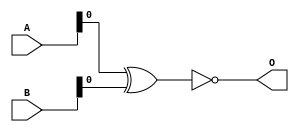
module equals(A, B, O);
  input [63:0]A;
  input [63:0]B;
  output O;

  wire [63:0]temp;

  // xnor #72 g1(O,A,B);

  genvar i;
  generate
  for(i = 0; i <= 63; i = i+1)
  begin: for_loop
    xnor #7 (temp[i],A[i],B[i]);
  end
  endgenerate

  and #4(O,temp);

endmodule